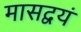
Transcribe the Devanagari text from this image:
मासद्वयं